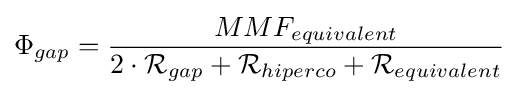
\Phi _{gap}={\frac {MMF_{equivalent}}{2\cdot {\mathcal {R}}_{gap}+{\mathcal {R}}_{hiperco}+{\mathcal {R}}_{equivalent}}}